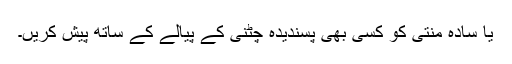
یا سادہ منتی کو کسی بھی پسندیدہ چٹنی کے پیالے کے ساتھ پیش کریں۔